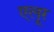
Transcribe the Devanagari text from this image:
एलूर